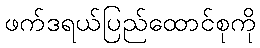
ဖက်ဒရယ်ပြည်ထောင်စုကို